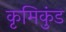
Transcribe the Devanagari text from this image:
कृमिकुंड